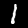
Label: 1